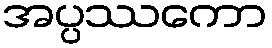
အပ္ပဿကော